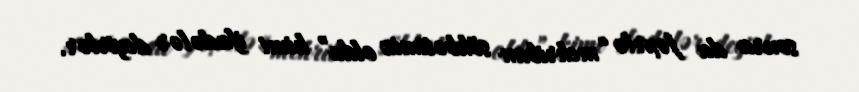
sonra da fəxrlə “mehriban söhbətimiz oldu” kimi ifadələr deyirlər.